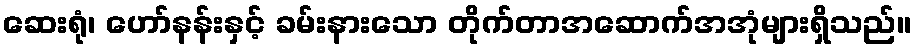
ဆေးရုံ၊ ဟော်နန်းနှင့် ခမ်းနားသော တိုက်တာအဆောက်အအုံများရှိသည်။